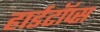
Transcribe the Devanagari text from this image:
हार्डटॉप्स